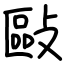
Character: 敺